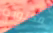
مكتوبة